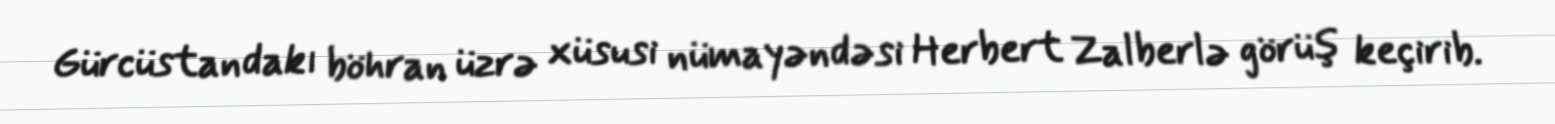
Gürcüstandakı böhran üzrə xüsusi nümayəndəsi Herbert Zalberlə görüş keçirib.